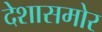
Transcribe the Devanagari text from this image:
देशासमोर